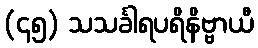
(၄၅) သသင်္ခါရပရိနိဗ္ဗာယီ